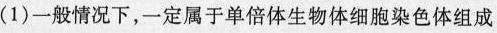
(1)一般情况下，一定属于单倍体生物体细胞染色体组成